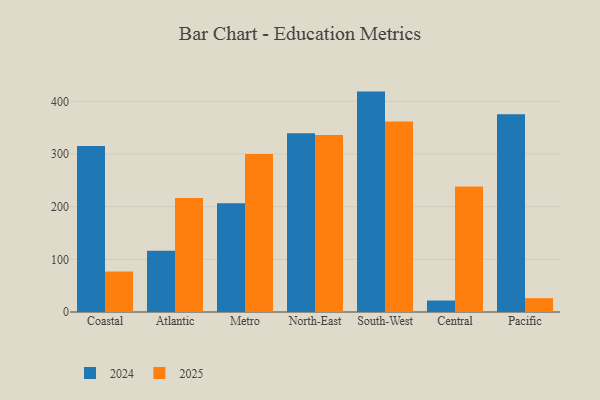
{"axis": {"x": "Region", "y": "Demand Index"}, "legend": ["2024", "2025"], "data": [{"x": "Coastal", "y": 77.1, "type": "2025"}, {"x": "Coastal", "y": 315.5, "type": "2024"}, {"x": "Atlantic", "y": 216.6, "type": "2025"}, {"x": "Atlantic", "y": 116.4, "type": "2024"}, {"x": "Metro", "y": 300.1, "type": "2025"}, {"x": "Metro", "y": 206.4, "type": "2024"}, {"x": "North-East", "y": 336.1, "type": "2025"}, {"x": "North-East", "y": 339.7, "type": "2024"}, {"x": "South-West", "y": 361.6, "type": "2025"}, {"x": "South-West", "y": 418.6, "type": "2024"}, {"x": "Central", "y": 238.3, "type": "2025"}, {"x": "Central", "y": 21.8, "type": "2024"}, {"x": "Pacific", "y": 26.3, "type": "2025"}, {"x": "Pacific", "y": 375.5, "type": "2024"}]}